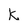
Character: k